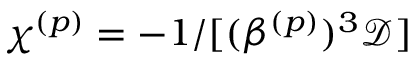
\chi ^ { ( p ) } = - 1 / [ ( \beta ^ { ( p ) } ) ^ { 3 } \mathcal { D } ]